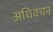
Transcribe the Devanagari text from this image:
अधिवचन